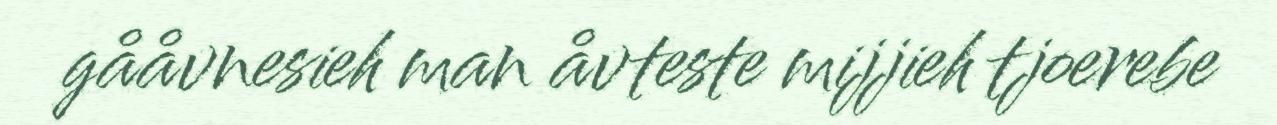
gååvnesieh man åvteste mijjieh tjoerebe